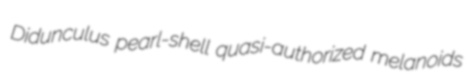
Didunculus pearl-shell quasi-authorized melanoids